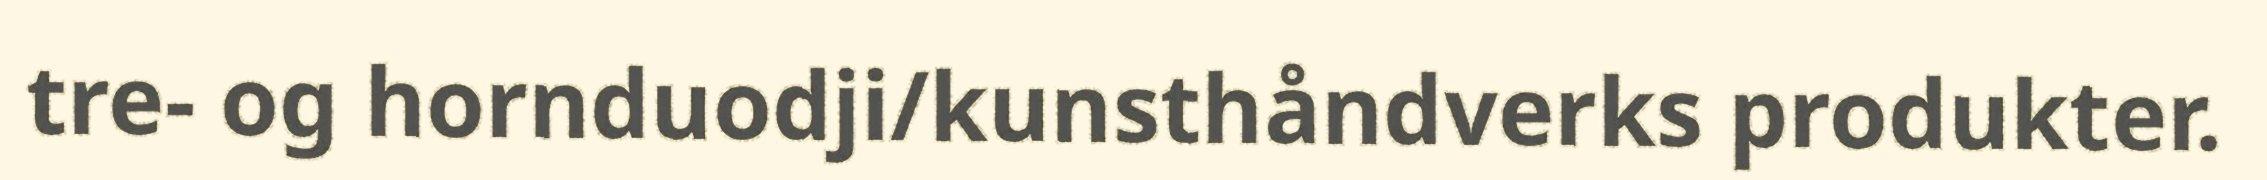
tre- og hornduodji/kunsthåndverks produkter.